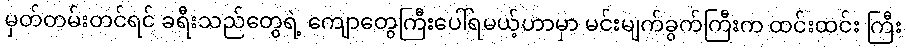
မှတ်တမ်းတင်ရင် ခရီးသည်တွေရဲ့ ကျောတွေကြီးပေါ်ရမယ့်ဟာမှာ မင်းမျက်ခွက်ကြီးက ထင်းထင်း ကြီး